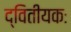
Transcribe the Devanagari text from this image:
द्वितीयकः